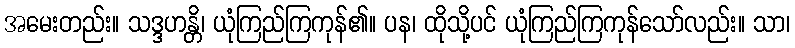
အမေးတည်း။ သဒ္ဒဟန္တိ၊ ယုံကြည်ကြကုန်၏။ ပန၊ ထိုသို့ပင် ယုံကြည်ကြကုန်သော်လည်း။ သာ၊